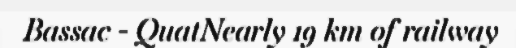
Bassac - QuatNearly 19 km of railway